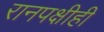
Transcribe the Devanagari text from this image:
रानपक्षीही